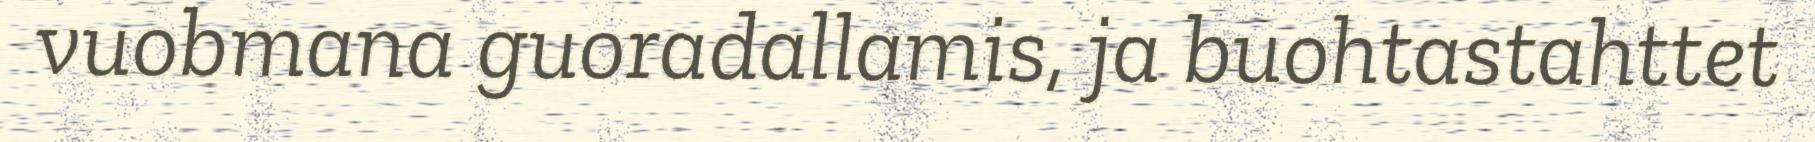
vuobmana guoradallamis, ja buohtastahttet